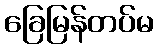
ခြေမြန်တပ်မ